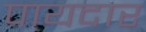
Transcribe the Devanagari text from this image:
पायदार